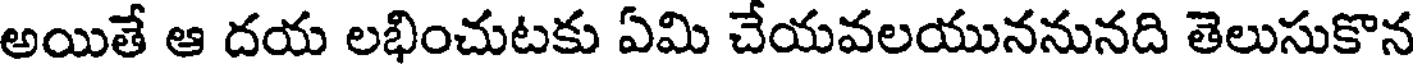
అయితే ఆ దయ లభించుటకు ఏమి చేయవలయుననునది తెలుసుకొన